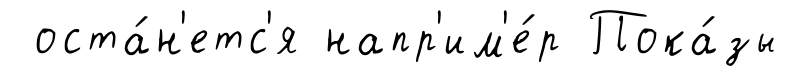
оста́н'етс'я напр'им'е́р Пока́зы